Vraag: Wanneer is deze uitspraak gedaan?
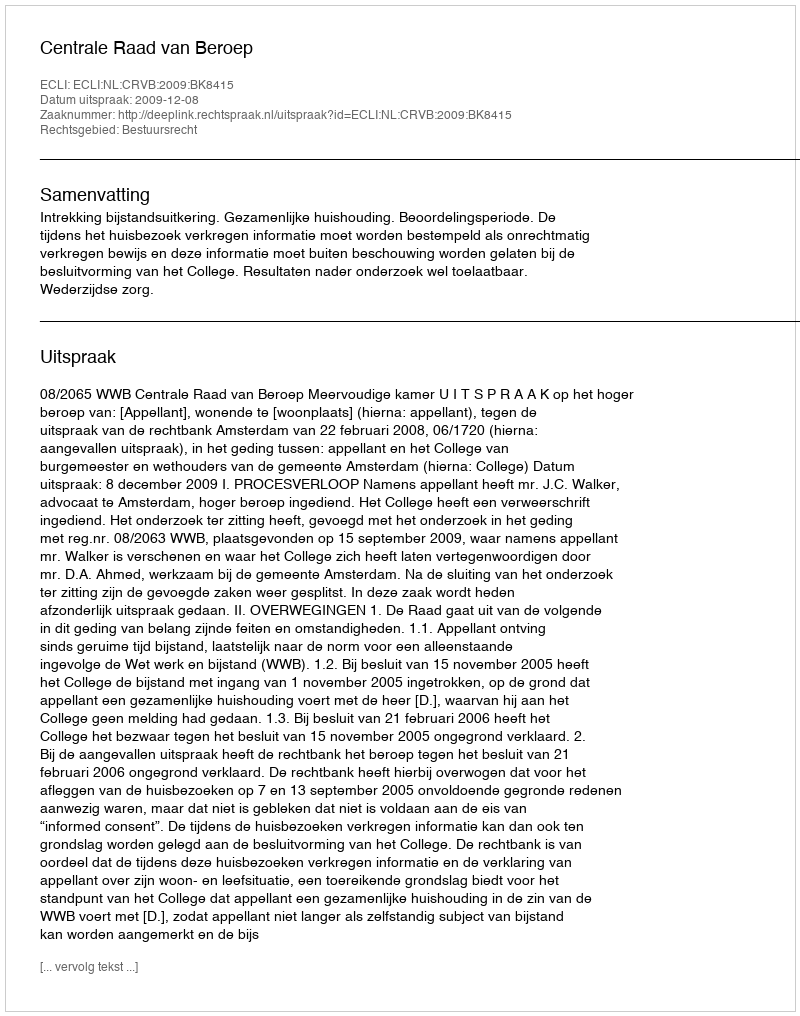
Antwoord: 2009-12-08